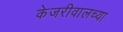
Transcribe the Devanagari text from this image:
केजरीवालच्या